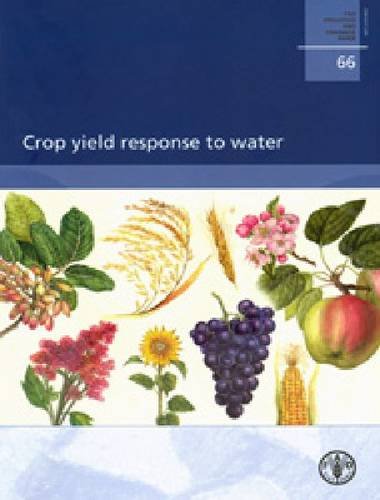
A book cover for Crop Yield Response to Water (FAO Irrigation and Drainage Papers); P. Steduto; Science & Math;